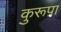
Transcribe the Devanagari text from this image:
कुरूपा